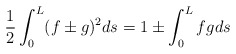
\begin{align*}\frac{1}{2}\int^{L}_{0}(f\pm g)^2ds=1\pm\int^{L}_{0} f gds \end{align*}